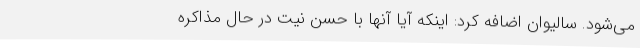
می‌شود. سالیوان اضافه کرد: اینکه آیا آنها با حسن نیت در حال مذاکره